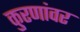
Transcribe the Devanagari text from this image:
कुरणांवर